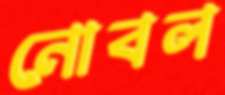
নোবল